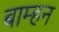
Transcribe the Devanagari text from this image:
बाम्हन